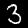
Label: 3